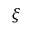
\xi